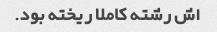
اش رشته کاملا ریخته بود.